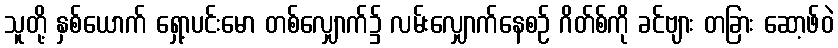
သူတို့ နှစ်ယောက် ရှော့ပင်းမော တစ်လျှောက်၌ လမ်းလျှောက်နေစဉ် ဂိတ်စ်ကို ခင်ဗျား တခြား ဆော့ဖ်ဝဲ